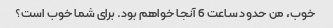
خوب، من حدود ساعت 6 آنجا خواهم بود. برای شما خوب است؟